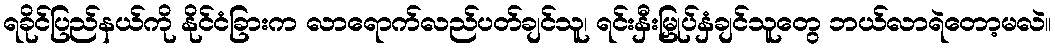
ရခိုင်ပြည်နယ်ကို နိုင်ငံခြားက လာရောက်လည်ပတ်ချင်သူ၊ ရင်းနှီးမြှုပ်နှံချင်သူတွေ ဘယ်လာရဲတော့မလဲ။